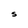
Character: S